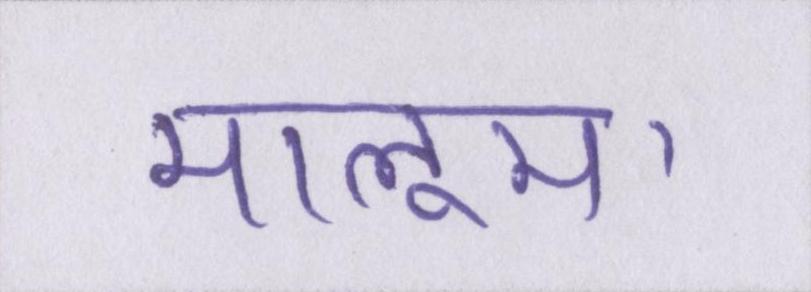
मालूम।